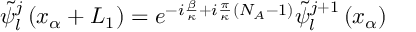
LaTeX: { \tilde { \psi } } _ { l } ^ { j } \left( x _ { \alpha } + L _ { 1 } \right) = e ^ { - i \frac { \beta } { \kappa } + i \frac { \pi } { \kappa } \left( N _ { A } - 1 \right) } { \tilde { \psi } } _ { l } ^ { j + 1 } \left( x _ { \alpha } \right)